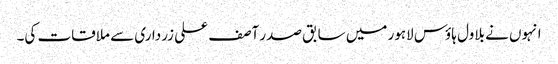
انہوں نے بلاول ہاؤس لاہور میں سابق صدر آصف علی زرداری سے ملاقات کی۔